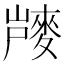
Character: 𪌨